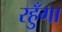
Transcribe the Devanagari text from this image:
रहुँगा